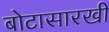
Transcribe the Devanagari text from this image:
बोटासारखी